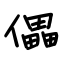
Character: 儡